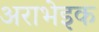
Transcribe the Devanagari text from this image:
अराभेइक